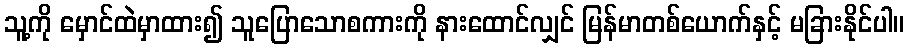
သူ့ကို မှောင်ထဲမှာထား၍ သူပြောသောစကားကို နားထောင်လျှင် မြန်မာတစ်ယောက်နှင့် မခြားနိုင်ပါ။